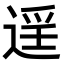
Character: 𨓮